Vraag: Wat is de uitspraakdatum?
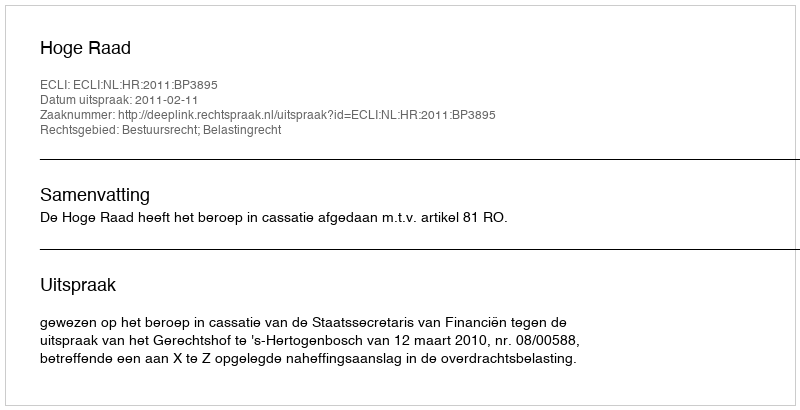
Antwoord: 2011-02-11